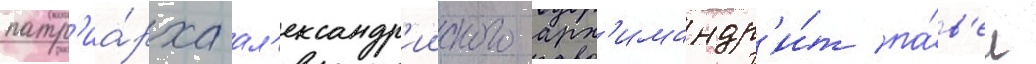
патр'иа́рха ал'ександр'ииского арх'имандр'и́т па́в'ел